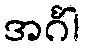
အင်္ဂါ